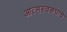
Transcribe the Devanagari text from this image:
आत्मस्वरूपाचे